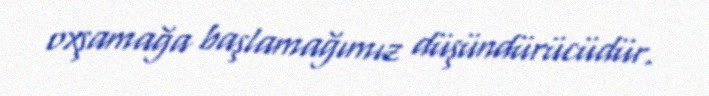
oxşamağa başlamağımız düşündürücüdür.